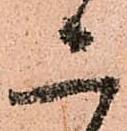
ニ